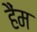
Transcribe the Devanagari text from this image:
हैंम